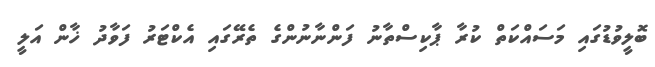
ބޮލީވުޑުގައި މަސައްކަތް ކުރާ ޕާކިސްތާނު ފަންނާނުންގެ ތެރޭގައި އެކްޓަރު ފަވާދު ޚާން އަލީ